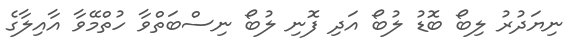
ނިޔަދުރު ލިބޯ ބޮޑު ލުބޯ އަދި ފޮނި ލުބޯ ނިސްބަތްވާ ހުތްމޭވާ އާއިލާގެ